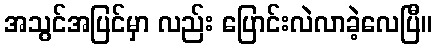
အသွင်အပြင်မှာ လည်း ပြောင်းလဲလာခဲ့လေပြီ။